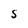
Character: S